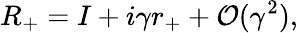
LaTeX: R_{+}=I+i\gamma r_{+}+{\cal O}(\gamma^{2}),